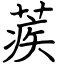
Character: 蒺